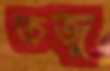
তজু